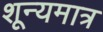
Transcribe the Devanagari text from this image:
शून्यमात्र